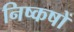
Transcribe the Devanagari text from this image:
निष्कषों